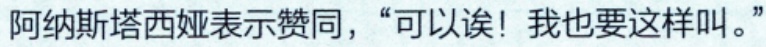
阿纳斯塔西娅表示赞同，“可以诶！我也要这样叫。”